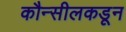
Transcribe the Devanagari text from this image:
कौन्सीलकडून